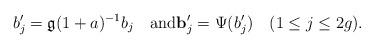
LaTeX: \begin{align*}b_j'=\mathfrak{g}(1+a)^{-1}b_j\quad\textrm{and}\mathbf{b}_j'=\Psi(b_j')\quad(1\leq j\leq 2g).\end{align*}